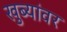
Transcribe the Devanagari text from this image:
खुब्यांवर